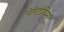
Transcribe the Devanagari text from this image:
पेरिटोयिम